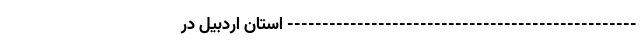
-------------------------------------------------- استان اردبیل در